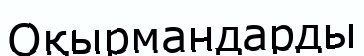
Оқырмандарды